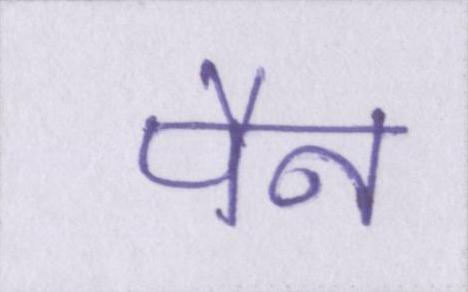
पैन